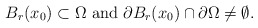
\begin{align*}B_r(x_0)\subset\Omega\mbox{ and }\partial B_r(x_0)\cap \partial \Omega\not=\emptyset. \end{align*}